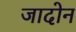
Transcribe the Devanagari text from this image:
जादोन